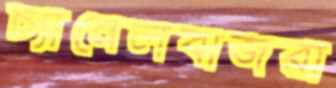
চ্যানেলবাজরা